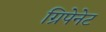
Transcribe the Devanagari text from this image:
ग्रिपेनेट